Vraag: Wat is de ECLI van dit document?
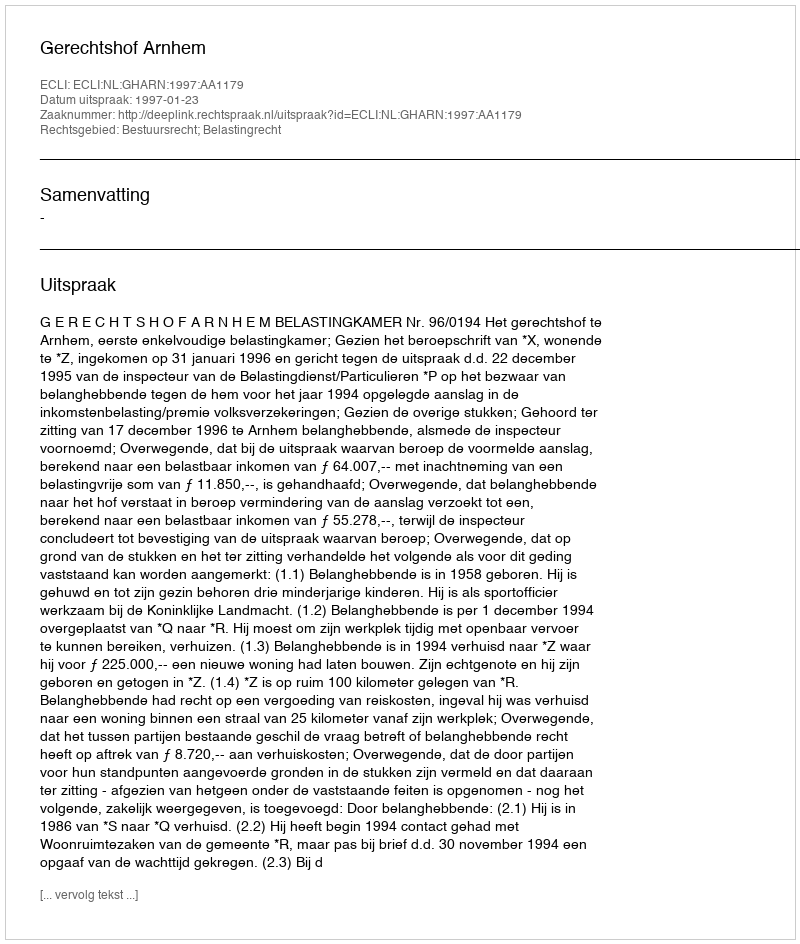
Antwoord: ECLI:NL:GHARN:1997:AA1179